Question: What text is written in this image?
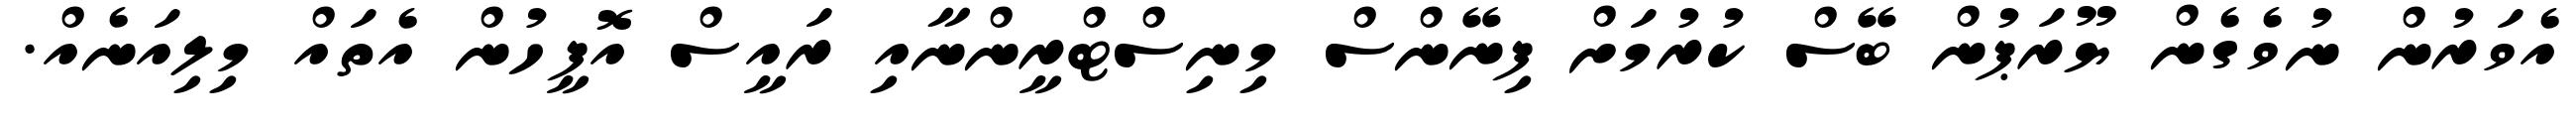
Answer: އެވަރުން ނުވެގެން ޔޫރަޕުން ބޭސް ކުރުމަށް ފިނޭންސް މިނިސްޓްރީންނާއި ރައީސް އޮފީހުން އެތައް މިލިއަނެއް.